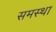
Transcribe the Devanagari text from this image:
समस्था